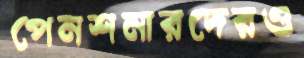
পেনশনারদেরও